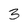
Character: 3